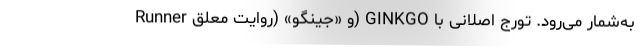
Runner و «جینگو» (روایت معلق) GINKGO به‌شمار می‌رود. تورج اصلانی با